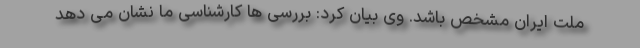
ملت ایران مشخص باشد. وی بیان کرد: بررسی ها کارشناسی ما نشان می دهد